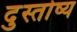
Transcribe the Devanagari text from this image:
दुस्तोष्य